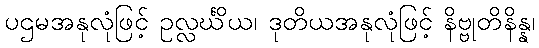
ပဌမအနုလုံဖြင့် ဥလ္လင်္ဃိယ၊ ဒုတိယအနုလုံဖြင့် နိဗ္ဗုတိနိန္န၊